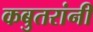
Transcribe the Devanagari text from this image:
कबुतरांनी